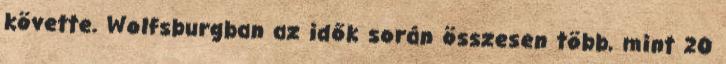
követte. Wolfsburgban az idők során összesen több, mint 20